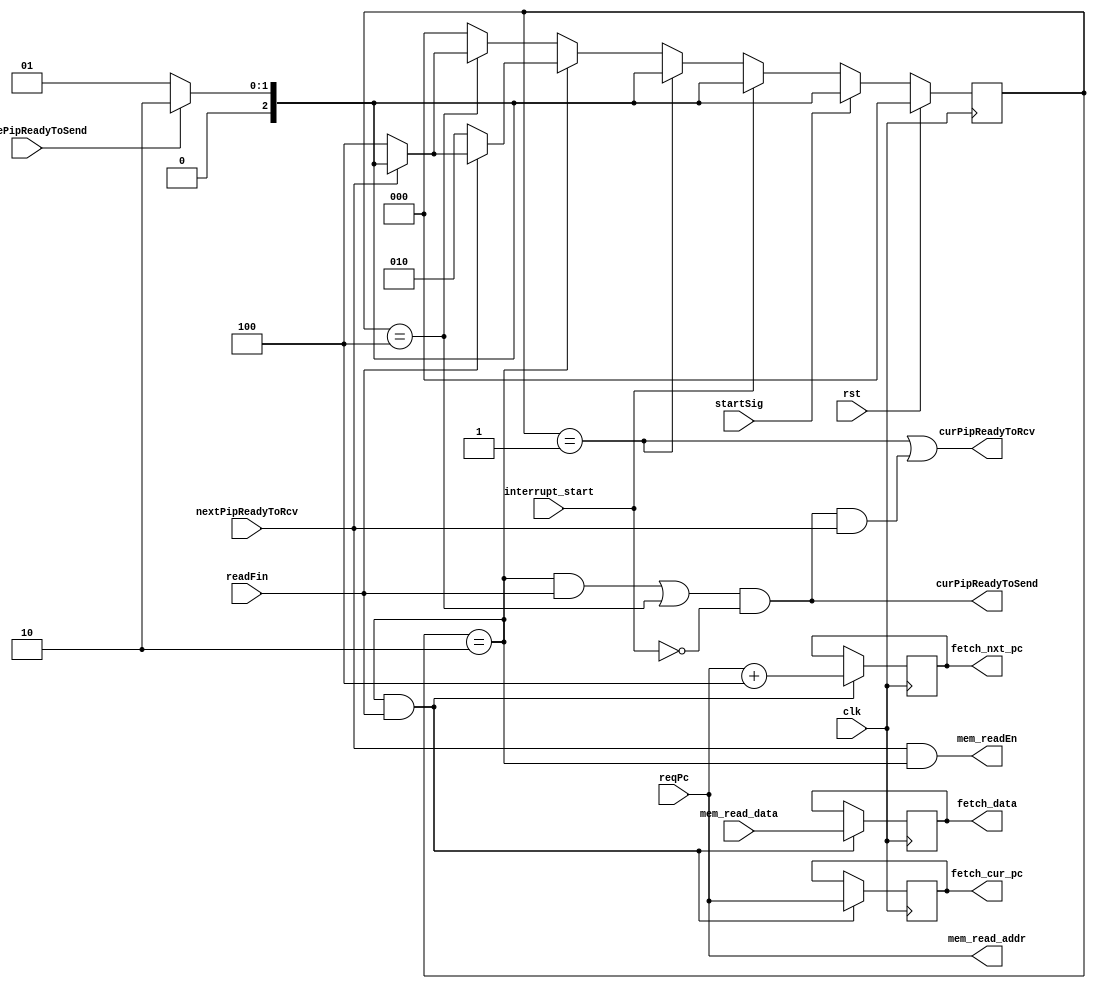
`timescale 1ns/1ns

module fetch #(
    parameter XLEN = 32,
    parameter READ_ADDR_SIZE = 32
)(
    input wire[XLEN-1: 0]           mem_read_data,
    input wire                      readFin,
    input wire[READ_ADDR_SIZE-1: 0] reqPc,
    input wire                      beforePipReadyToSend,
    input wire                      nextPipReadyToRcv,
    input wire                      rst,
    input wire                      startSig,
    input wire                      interrupt_start,
    input wire                      clk,
    
    
    output wire                      mem_readEn,
    output wire[READ_ADDR_SIZE-1: 0] mem_read_addr,
    output reg [XLEN          -1: 0] fetch_data,
    output reg [READ_ADDR_SIZE-1: 0] fetch_cur_pc,
    output reg [READ_ADDR_SIZE-1: 0] fetch_nxt_pc,
    output wire                      curPipReadyToRcv,
    output wire                      curPipReadyToSend
    
);

    reg[3-1: 0] pipState;
    parameter idleState      = 3'b000;
    parameter waitBefState   = 3'b001;
    parameter sendingState   = 3'b010;
    parameter waitSendState  = 3'b100;

    assign mem_readEn        = nextPipReadyToRcv && (pipState == sendingState);
    assign mem_read_addr     = reqPc;
    assign curPipReadyToRcv  =  (pipState == waitBefState)             | (curPipReadyToSend & nextPipReadyToRcv);
    assign curPipReadyToSend = (((pipState == sendingState) & readFin) | (pipState == waitSendState)) & (~interrupt_start);
    


    always @(posedge clk) begin

        if ((pipState == sendingState) && readFin)begin
            fetch_data <= mem_read_data;
            fetch_cur_pc <= reqPc;
            fetch_nxt_pc <= reqPc + 4;
        end

    end

    /**state**/

    always @(posedge clk ) begin

        if (rst) begin
            pipState <= idleState;
        
        end else if (startSig) begin
            
            if (beforePipReadyToSend) begin
                pipState <= sendingState;
            end else begin
                pipState <= waitBefState;
            end

        end else if (interrupt_start) begin
            if (beforePipReadyToSend)begin
                pipState <= sendingState;
            end else begin
                pipState <= waitBefState;
            end
        end else begin

            if (pipState == waitBefState)begin
                if (beforePipReadyToSend) begin
                    pipState <= sendingState;
                end  else begin
                    pipState <= waitBefState;
                end
            end else if (pipState == sendingState) begin
                if (readFin) begin
                        if (nextPipReadyToRcv) begin
                            if (beforePipReadyToSend) begin
                                pipState <= sendingState; ///// next loop
                            end else begin
                                pipState <= waitBefState;
                            end
                        end else begin
                            pipState <= waitSendState;
                        end

                end else begin
                            pipState <= sendingState;
                end
            end else if (pipState == waitSendState) begin
                if (nextPipReadyToRcv) begin
                    if (beforePipReadyToSend) begin
                        pipState <= sendingState;
                    end else begin
                        pipState <= waitBefState;
                    end
                end else begin
                    pipState <= waitSendState;
                end
            end else begin
                pipState <= idleState;
            end
        end
    end

endmodule